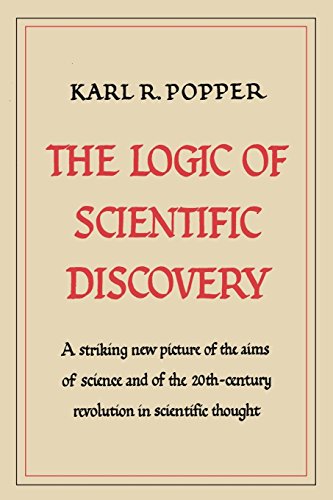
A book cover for The Logic of Scientific Discovery; Karl R. Popper; Politics & Social Sciences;